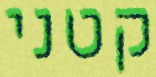
קטני